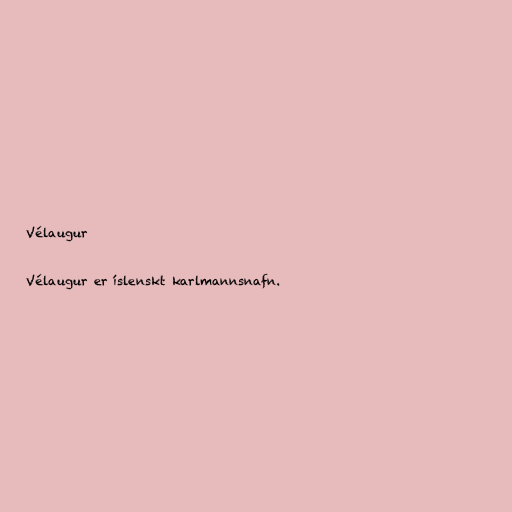
Vélaugur

Vélaugur er íslenskt karlmannsnafn.